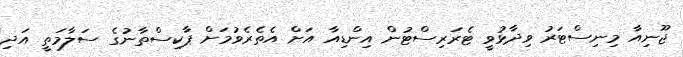
ޖޫނިއާ މިނިސްޓަރު ވިދާޅުވީ ޓެރަރިސްޓުން އިންޑިއާ އަށް އެތެރެވުމަށް ޕާކިސްތާނުގެ ސަލާމަތީ އަދި